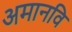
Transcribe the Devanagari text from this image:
अमानवि